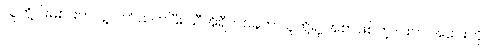
သူတို့ဝါးမစားတာနဲ့ ပတ်သတ်ပြီး သီအိုရီတစ်ခုက သူတို့ရဲ့ အစာဖြစ်တဲ့ ငါးက အဝေးကို